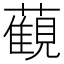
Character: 𧁪